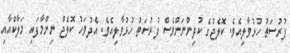
ފުރުސަތު ހުޅުވާލިއެވެ. ކޮލެޖުގެ ކުދިންނަށްވެސް ފުރުސަތު ހުޅުވާލިއެވެ. އެދުވަހު ކޮލެޖް ނިންމާފައި މަލާކްއާއި